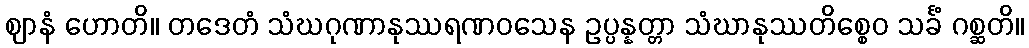
ဈာနံ ဟောတိ။ တဒေတံ သံဃဂုဏာနုဿရဏဝသေန ဥပ္ပန္နတ္တာ သံဃာနုဿတိစ္စေဝ သင်္ခံ ဂစ္ဆတိ။